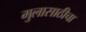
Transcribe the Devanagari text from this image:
मुलासाठीचा